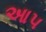
આપ